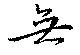
無